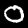
Digit: 0